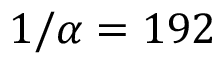
1 / \alpha = 1 9 2